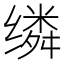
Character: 𬙈